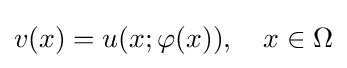
v(x)=u(x;\varphi (x)),\quad x\in \Omega